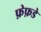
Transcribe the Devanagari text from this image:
फ़ेफ़डे